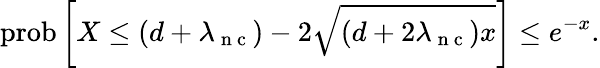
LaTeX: \mathrm{prob}\left[X\leq(d+\lambda_{\mathrm{~n~c~}})-2\sqrt{(d+2\lambda_{\mathrm{~n~c~}})x}\right]\leq e^{-x}.